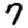
Digit: 7